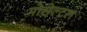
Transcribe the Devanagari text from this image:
मोसेल्टल